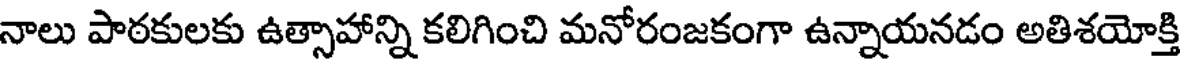
నాలు పాఠకులకు ఉత్సాహాన్ని కలిగించి మనోరంజకంగా ఉన్నాయనడం అతిశయోక్తి